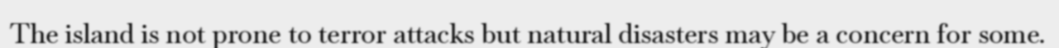
The island is not prone to terror attacks but natural disasters may be a concern for some.